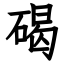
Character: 碣